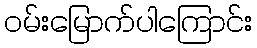
ဝမ်းမြောက်ပါကြောင်း